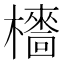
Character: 𣞱